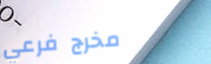
مخرج فرعي